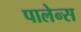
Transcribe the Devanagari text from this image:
पालेन्स